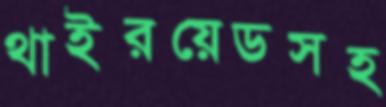
থাইরয়েডসহ